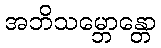
အဘိသမ္ဘောန္တော